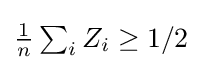
{\textstyle {\frac {1}{n}}\sum _{i}Z_{i}\geq 1/2}